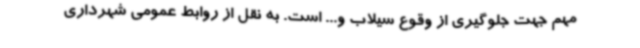
مهم جهت جلوگیری از وقوع سیلاب و... است. به نقل از روابط عمومی شهرداری